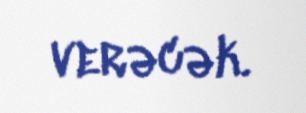
verəcək.